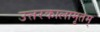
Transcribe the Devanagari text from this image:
उत्तरकालामृतम्